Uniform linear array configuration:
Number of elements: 12
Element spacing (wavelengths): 1
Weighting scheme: hann
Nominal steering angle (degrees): -30
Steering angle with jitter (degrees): -29.839
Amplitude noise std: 0.05
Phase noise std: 0.05

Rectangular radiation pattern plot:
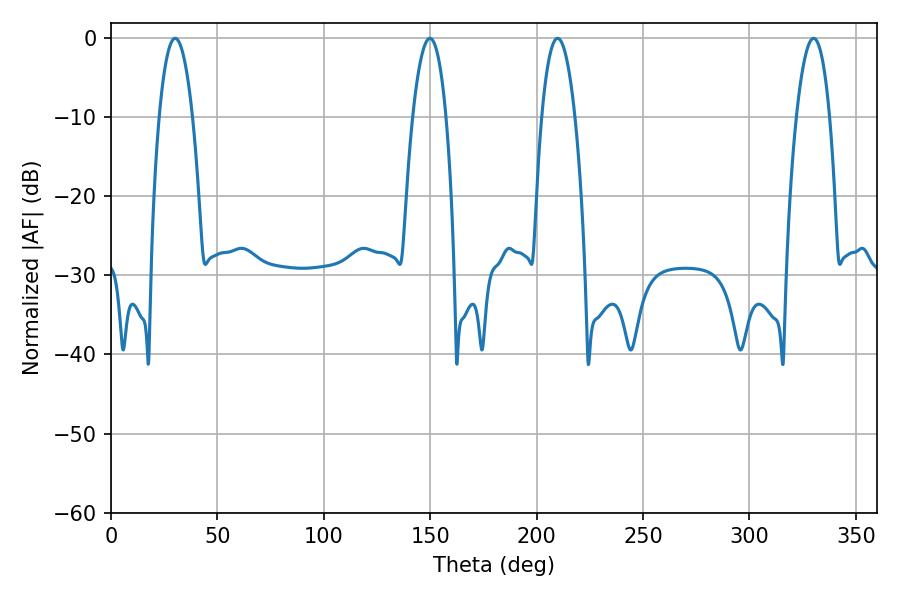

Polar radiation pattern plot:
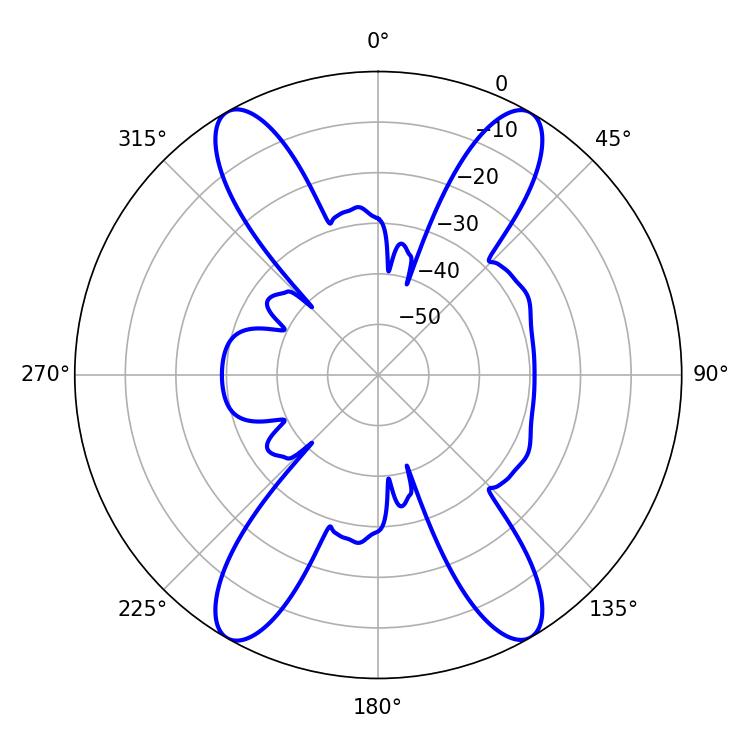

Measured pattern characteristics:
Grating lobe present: TRUE
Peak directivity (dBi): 27.955
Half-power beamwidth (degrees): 8.82
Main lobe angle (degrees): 330.12